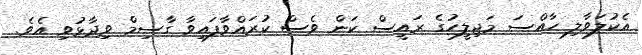
އެކުލަވާލި ހާއްސަ މަޖިލީހުގެ ރައީސް ކަން ވެސް ކުރައްވާފައިވާ ގާސިމް ވިދާޅުވި އެވެ.